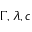
\Gamma , \lambda , c